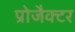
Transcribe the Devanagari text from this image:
प्रोजैक्टर